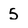
Character: 5